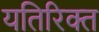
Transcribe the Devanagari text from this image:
यतिरिक्त